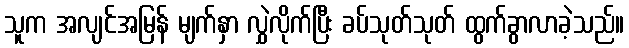
သူက အလျင်အမြန် မျက်နှာ လွှဲလိုက်ပြီး ခပ်သုတ်သုတ် ထွက်ခွာလာခဲ့သည်။